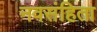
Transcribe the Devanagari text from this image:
नवसंहिता